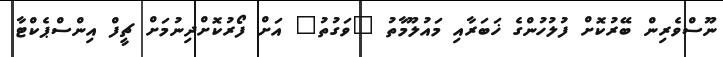
ނޫސްވެރިން ބޭރުކޮށް ފުލުހުންގެ ޚަބަރާއި މައުލޫމާތު "ވަގުތު" އަށް ފޯރުކޮށްދިނުމަށް ޗީފް އިންސްޕެކްޓާ